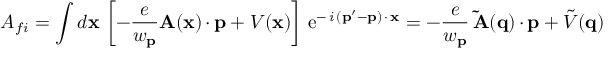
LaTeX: { \cal A } _ { f i } = \int d { \bf x \, } \left[ - \frac e { w _ { { \bf p } } } { \bf A } ( { \bf x } ) \, { \bf \cdot \, p } + V ( { \bf x } ) \right] \, \mathrm { e } ^ { - \, i \, ( { \bf p } ^ { \prime } - { \bf p } ) \, { \bf \cdot \, x } } = - \frac e { w _ { { \bf p } } } \, { \bf \tilde { A } ( q } ) \, { \bf \cdot \, p } + \tilde { V } ( { \bf q } ) \; \; \;